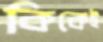
কিকেই